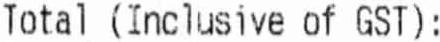
TOTAL (INCLUSIVE OF GST):